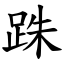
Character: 跦